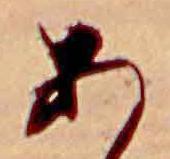
あ